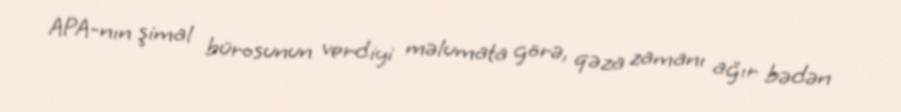
APA-nın şimal bürosunun verdiyi məlumata görə, qəza zamanı ağır bədən